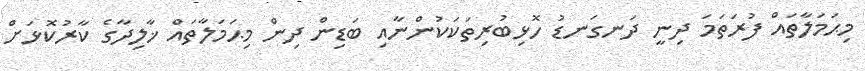
މިޙަމަލާތައް ފުރަތަމަ ދިނީ ދަނގަނޑު ހޮޅިބުރިތަކަކުންނާއި ބަޑިން ދިން މިޙަމަލާތައް ޚާލިދާގެ ކާރުކޮޅަށް